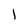
Character: 1